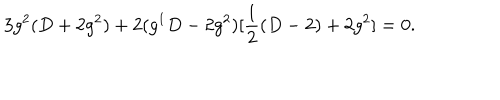
LaTeX: 3 g ^ { 2 } ( D + 2 g ^ { 2 } ) + 2 ( g ^ { 1 } D - 2 g ^ { 2 } ) [ \frac { 1 } { 2 } ( D - 2 ) + 2 g ^ { 2 } ] = 0 .